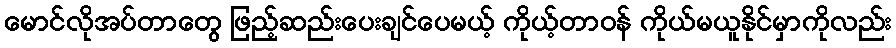
မောင်လိုအပ်တာတွေ ဖြည့်ဆည်းပေးချင်ပေမယ့် ကိုယ့်တာဝန် ကိုယ်မယူနိုင်မှာကိုလည်း